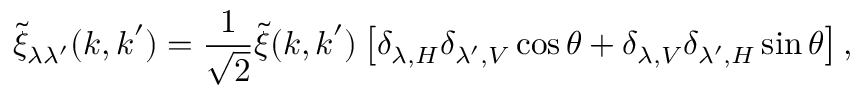
\tilde { \xi } _ { \lambda \lambda ^ { \prime } } ( \boldsymbol { k } , \boldsymbol { k } ^ { \prime } ) = \frac { 1 } { \sqrt { 2 } } \tilde { \xi } ( \boldsymbol { k } , \boldsymbol { k } ^ { \prime } ) \left[ \delta _ { \lambda , H } \delta _ { \lambda ^ { \prime } , V } \cos \theta + \delta _ { \lambda , V } \delta _ { \lambda ^ { \prime } , H } \sin \theta \right] ,